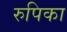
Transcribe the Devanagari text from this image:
रुपिका